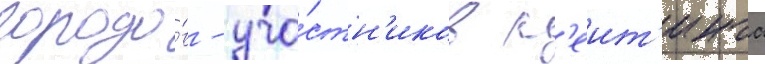
городо́в - уча́стн'иков р'еит'инга